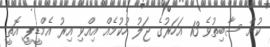
ކުށް ސާބިތުވެ 13 އަހަރުގެ ޖަލު ހުކުމެއް އިއްވި އިރު އެމްޑީޕީ އޮތީ